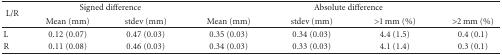
| <ROWSPAN=2> L/R | <COLSPAN=2> Signed difference | <COLSPAN=4> Absolute difference |
 | Mean (mm) | stdev (mm) | Mean (mm) | stdev (mm) | >1 mm (%) | >2 mm (%) |
 | --- | --- | --- | --- | --- | --- | --- |
 | L | 0.12 (0.07) | 0.47 (0.03) | 0.35 (0.03) | 0.34 (0.03) | 4.4 (1.5) | 0.4 (0.1) |
 | R | 0.11 (0.08) | 0.46 (0.03) | 0.34 (0.03) | 0.33 (0.03) | 4.1 (1.4) | 0.3 (0.1) |